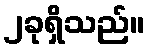
၂ခုရှိသည်။